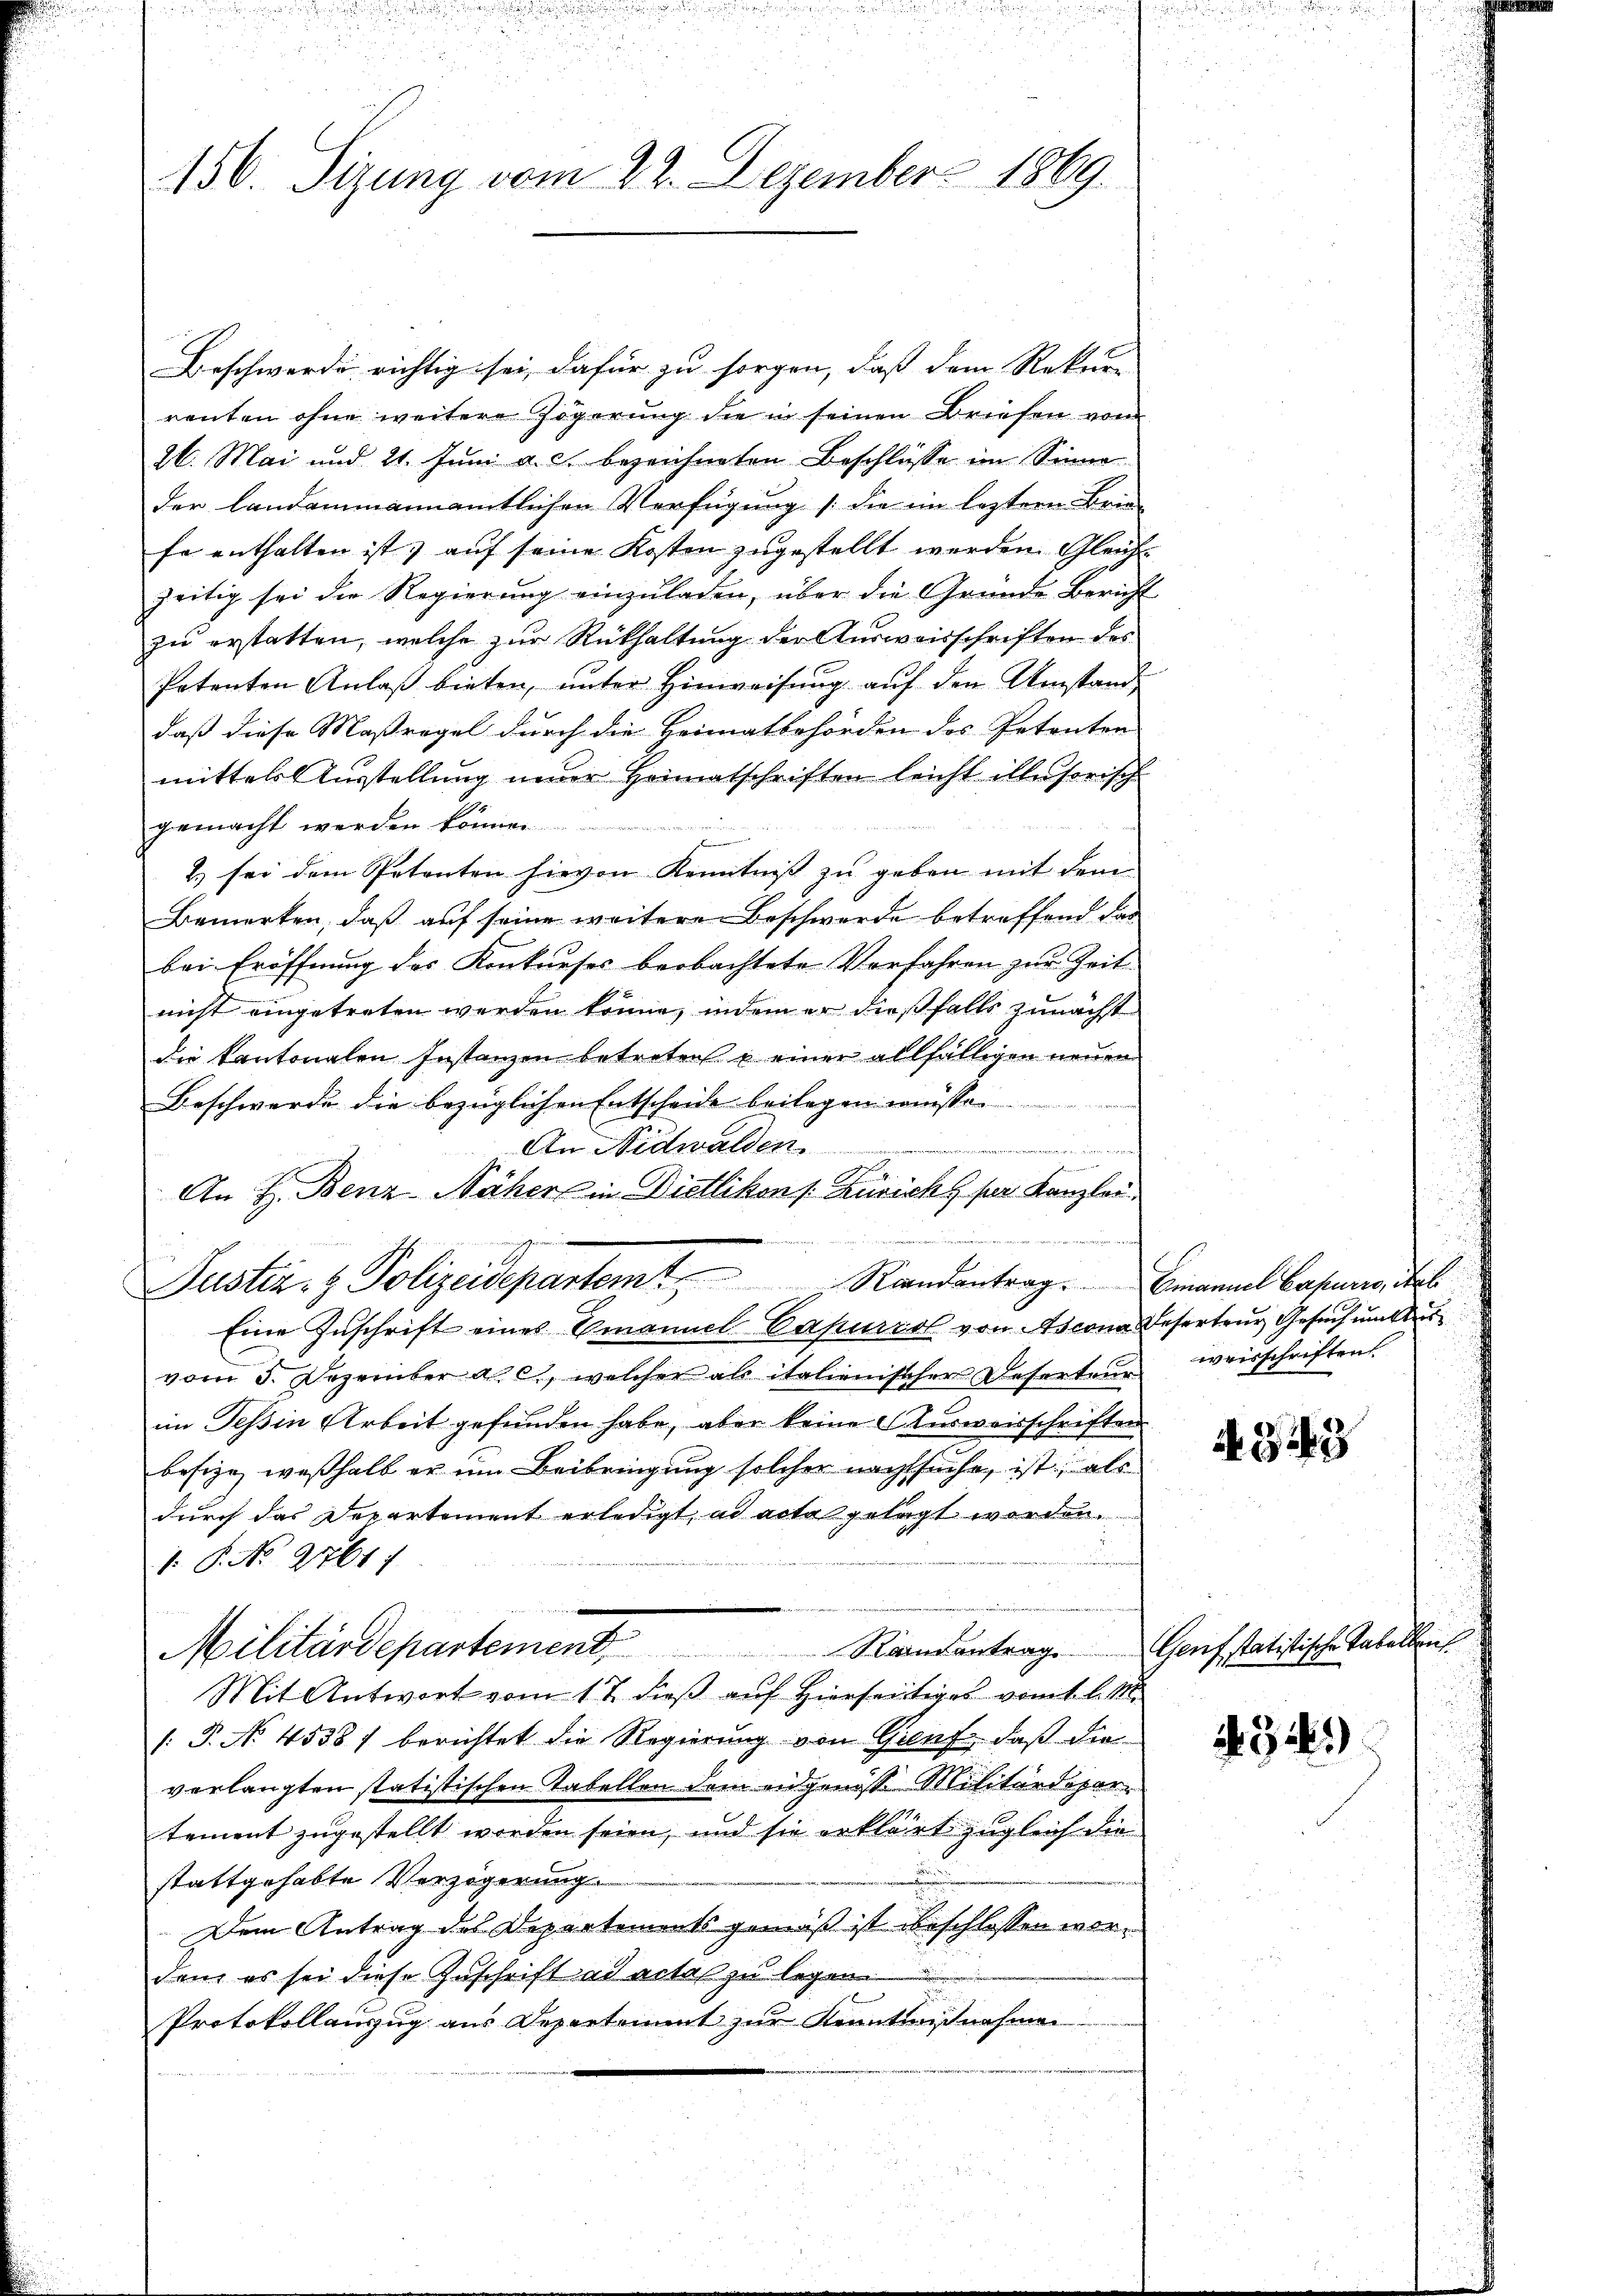
156. Sizung vom 22. Dezember 1869.

Beschwerde richtig sei, dafür zu sorgen, daß dem Rekurr
renten ohne weitere Zögerung die in seinen Briefen vom
26. Mai und 21. Juni a. c. bezeichneten Beschlüsse im Sinne
der landammannamtlichen Verfügung /:die im letztern Brie
fe enthalten ist, auf seine Kosten zugestellt werden. Gleichzeitig sei die Regierŭng einzŭladen, über die Gründe Bericht
zu erstatten, welche zur Rückhaltung der Ausweisschriften des
Petenten Anlaβ bieten, ŭnter Hinweisŭng aŭf den Umstand,
daß diese Maßregel durch die Heimatbehörden des Petenten
mittels Ausstellung neuer Heimatschriften leicht illusorisch
gemacht werden können.
2) sei dem Petenten hievon Kenntniβ zŭ geben mit dem
Bemerken, daß auf seine weitere Beschwerde betreffend das
bei Eröffnung des Konkurses beobachtete Vorfahren zur Zeit
nicht eingetreten werden könne, indem er dießfalls zunächst
die kantonalen Instanzen betreten u einer allfälligen neuen
Beschwerde die bezüglichen Entscheide beilagen müsse.
An Nidwalden.
waren
.
An H. Benz-Näher in Dietlikon [Züricht ser Kanzlei
Justiz- & Polizeidepartem Randantrag. Benannt Basung, d
Eine Zuschrift eines Emanuel Capurrol von Ascona Deserteur Gesuch unt
vom 3. Dezember a. c., welcher als italienischer Deserten weisschriften
im Tessin Arbeit gefunden habe, aber keine Ausweisschriften
besize, weßhalb er um Beibringung solcher nachsuche, ist, als
durch das Departement erledigt ad acta gelegt werden.
1. P. No. 2761)
Militärdepartement Randantrage
Mit Antwort vom 17. dieß auf Hierseitiges vom 1. l. M.
/. P. No 4538/ berichtet die Regierung von Genf, daß die
verlangten statistischen Tabellen dem eidgenösse Militärdeparr
tement zugestellt worden seien, und sie erklärt zugleich die
.
stattgehabte Verzögerung.
Dem Antrag des Departements gemäß ist beschlossen wordem es sei diese Zuschrift ad actas zu legen.
Protokollauszug aus Departement zur Kenntnißnahmen

A 343

Genf statistische Tabellens

432.)